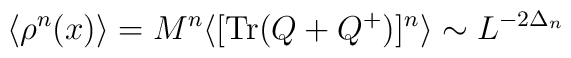
\langle \rho^n(x)\rangle = M^n\langle [\mbox{Tr}(Q + Q^+)]^n\rangle\sim L^{- 2\Delta_n}